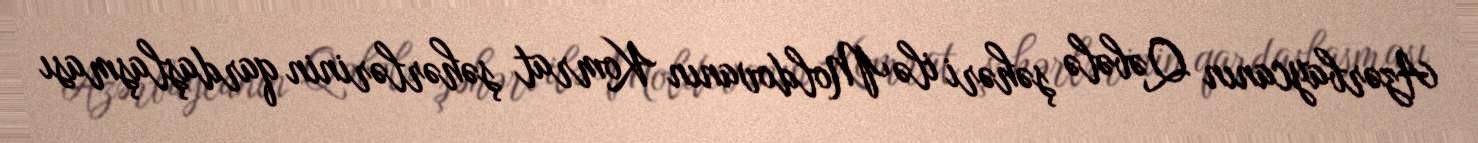
Azərbaycanın Qəbələ şəhəri ilə Moldovanın Komrat şəhərlərinin qardaşlaşması